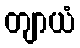
တျာယံ